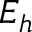
E _ { h }